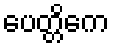
ပေတ္တိကေ